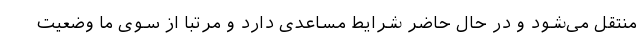
منتقل می‌شود و در حال حاضر شرایط مساعدی دارد و مرتبا از سوی ما وضعیت